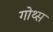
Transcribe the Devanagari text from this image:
गोथ्स